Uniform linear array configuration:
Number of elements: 24
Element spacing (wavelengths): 0.75
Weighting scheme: kaiser
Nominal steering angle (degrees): -15
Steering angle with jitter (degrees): -13.162
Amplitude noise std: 0.05
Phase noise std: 0.05

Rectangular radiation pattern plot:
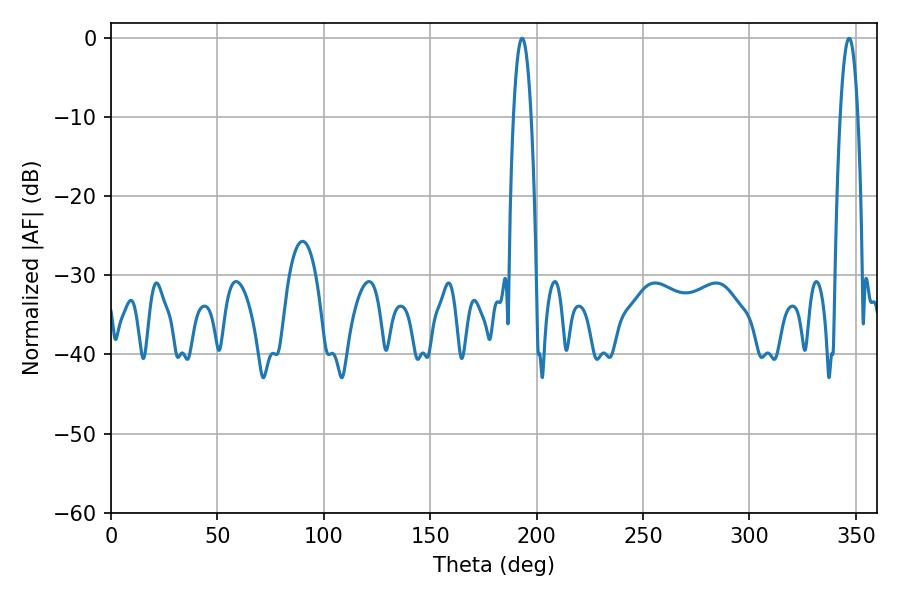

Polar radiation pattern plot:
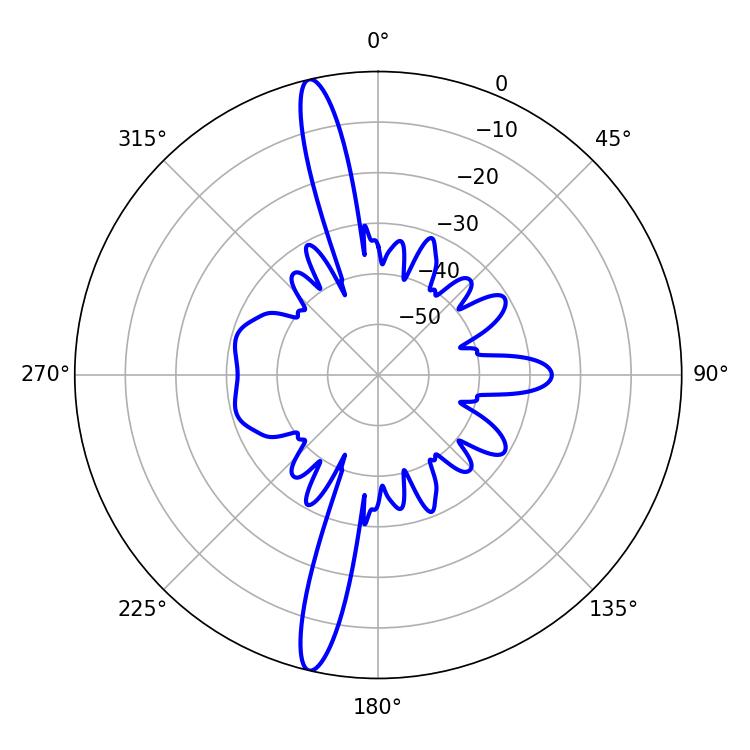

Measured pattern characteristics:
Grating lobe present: TRUE
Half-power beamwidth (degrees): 4.5
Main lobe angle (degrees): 193.14